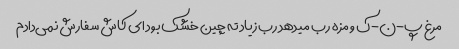
مرغ پ-ن-ک و مزه رب میدهد رب زیاد ته چین خشک بود ای کاش سفارش نمی‌دادم